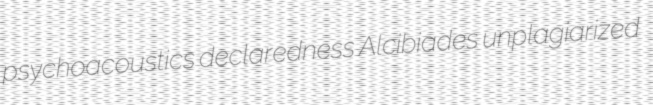
psychoacoustics declaredness Alcibiades unplagiarized